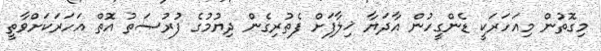
މިގޮތުން މިއަހަރަކީ ޑެންގީހުން އާދަޔާ ޚިލާފަށް ފެތުރިގެން ދިޔުމުގެ ފުރުޞަތު އޮތް އަހަރަަކަށްވާތީ